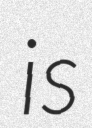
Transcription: is